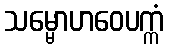
သမ္မောဟဝေပက္ကံ